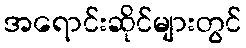
အရောင်းဆိုင်များတွင်